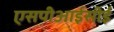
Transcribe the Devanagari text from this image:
एसपीआईसीई